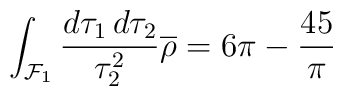
\int_{{\cal F}_1}\frac{d\tau_1 \, d\tau_2}{\tau_2^2}\overline{\rho}= 6\pi-\frac{45}{\pi}